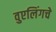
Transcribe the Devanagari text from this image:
वुएलिंगचे